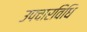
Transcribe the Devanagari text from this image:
उपचारविधि